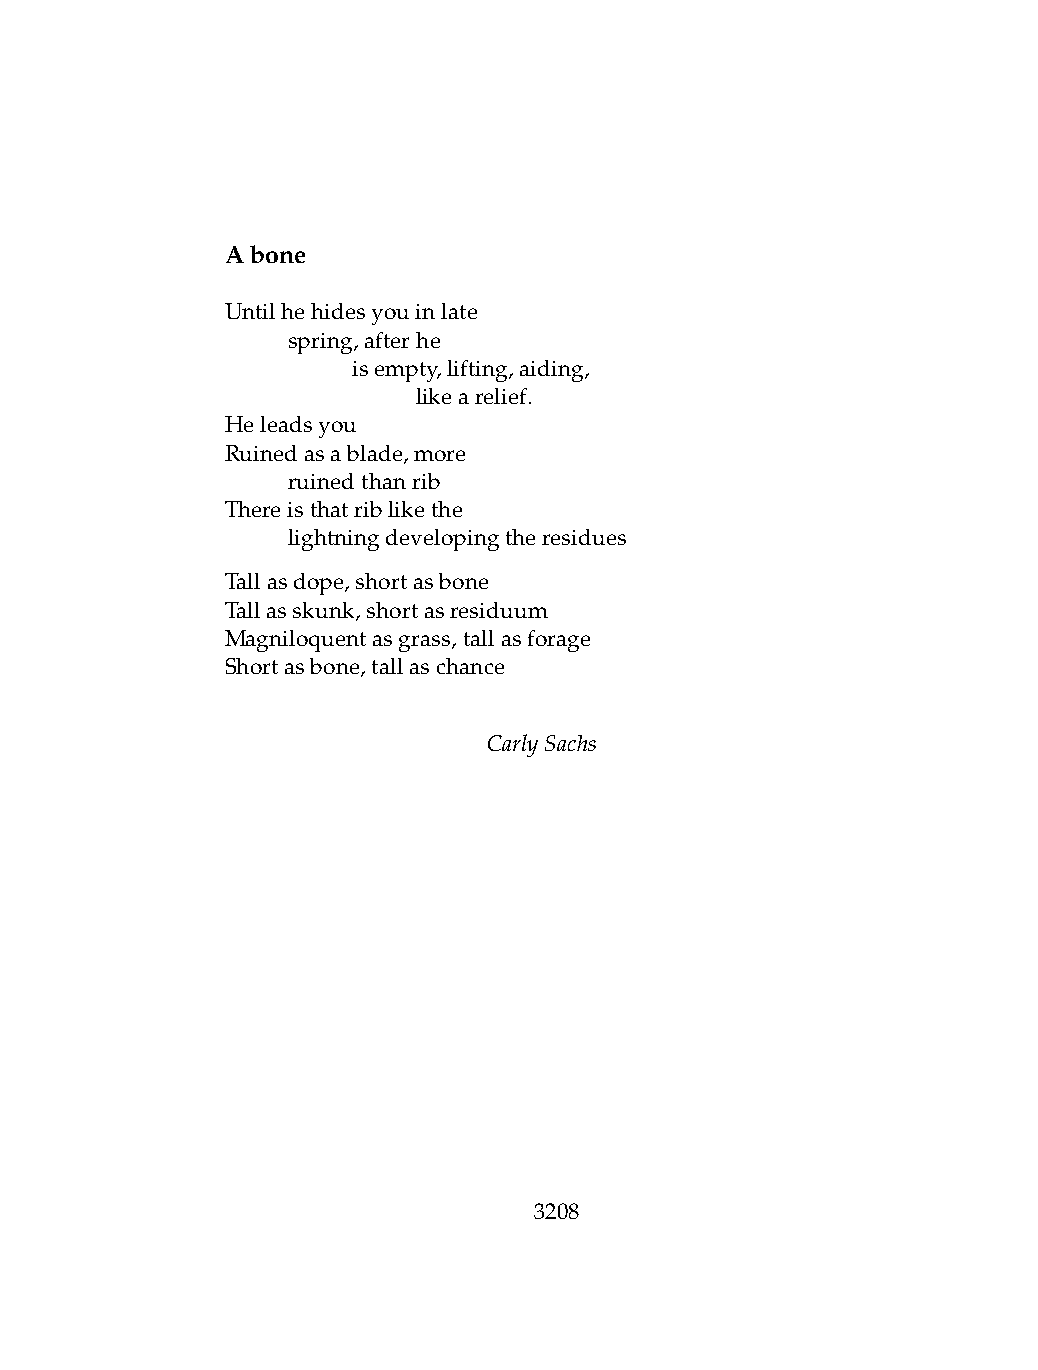
Abone
 Untilhehidesyouinlate
 .   spring,afterhe
 .   .   isempty,lifting,aiding,
 .   .   .    likearelief.
 Heleadsyou
 Ruinedasablade,more
 .   ruinedthanrib
 Thereisthatriblikethe
 .   lightningdevelopingtheresidues
 Tallasdope,shortasbone
 Tallasskunk,shortasresiduum
 Magniloquentasgrass,tallasforage
 Shortasbone,tallaschance
 CarlySachs
 3208